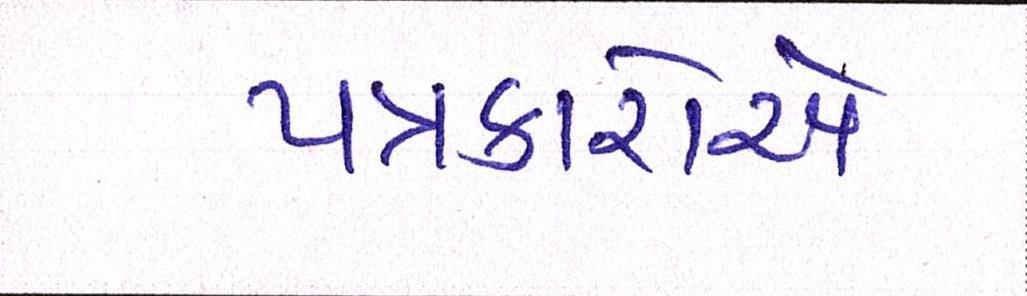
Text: પત્રકારોએ